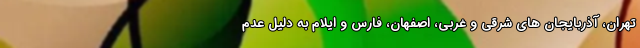
تهران، آذربایجان های شرقی و غربی، اصفهان، فارس و ایلام به دلیل عدم